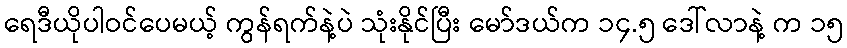
ရေဒီယိုပါဝင်ပေမယ့် ကွန်ရက်နဲ့ပဲ သုံးနိုင်ပြီး မော်ဒယ်က ၁၄.၅ ဒေါ်လာနဲ့ က ၁၅